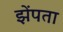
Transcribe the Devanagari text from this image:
झेंपता